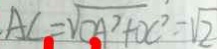
A C = \sqrt { O A ^ { 2 } + D C ^ { 2 } } = \sqrt { 2 }